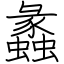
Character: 蠡